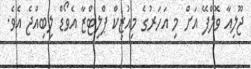
ޖޫލިއާ ވޮލްފޭ އަށް މި އަހަރުގެ މިއުޒިކް ޕްލިޓްޒާ އެވޯޑް ލިބިއްޖެ އެވެ.